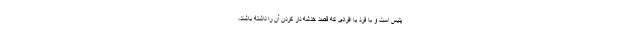
پلیس است و با فرد یا افرادی که قصد خدشه دار کردن آن را داشته باشند،